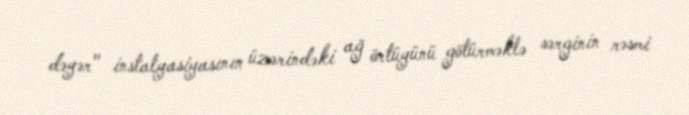
dəyər" instalyasiyasının üzərindəki ağ örtüyünü götürməklə sərginin rəsmi